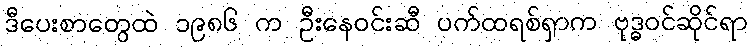
ဒီပေးစာတွေထဲ ၁၉၈၆ က ဦးနေဝင်းဆီ ပက်ထရစ်ရှာက ဗုဒ္ဓဝင်ဆိုင်ရာ